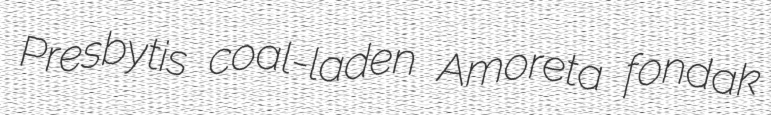
Presbytis coal-laden Amoreta fondak